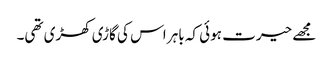
مجھے حیرت ہوئی کہ باہر اس کی گاڑی کھڑی تھی۔